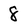
Character: 8